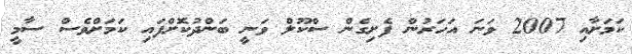
ކަމަށާއި 2007 ވަނަ އަހަރުން ފެށިގެން ސްކޫލް ވަނީ ބަންދުކޮށްފައި ކަމަށްވެސް ސާމީ